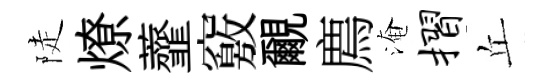
陡燎虀竅覼廌淹摺丘